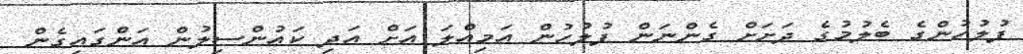
ފުލުހުންގެ ބެލުމުގެ ދަށަށް ގެންނަން ފުލުހުން އަމިއްލަ އަށް އަދި ކައުންސިލުން އަންގައިގެން